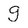
Character: g